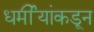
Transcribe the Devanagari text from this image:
धर्मीयांकडून